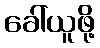
ခေါ်ယူဖို့